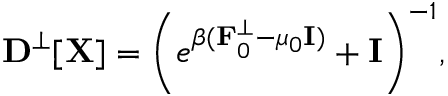
{ \displaystyle { \bf D } ^ { \perp } [ { \bf X } ] = \left( e ^ { \beta ( { \bf F } _ { 0 } ^ { \perp } - \mu _ { 0 } { \bf I } ) } + { \bf I } \right) ^ { - 1 } } ,